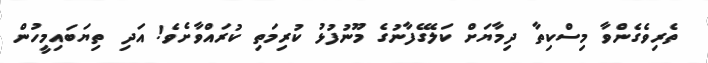
ތެރިވެގެންވާ މިސްކިތާ ދިމާޔަށް ކަލޭގެފާނުގެ މޫނުފުޅު ކުރިމަތި ކުރައްވާށެވެ! އަދި ތިޔަބައިމީހުން